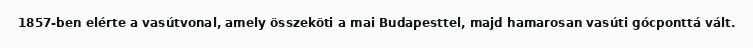
1857-ben elérte a vasútvonal, amely összeköti a mai Budapesttel, majd hamarosan vasúti gócponttá vált.